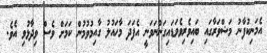
އެމަނިކުފާނު މަޝްވަރާގައި ބައިވެރިވެވަޑައިގަންނަވަނީ އެފަދަ މާހައުލު ގާއިމުވުމުން ކަމަށް ވެސް ވިދާޅުވި އެވެ.